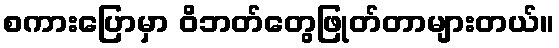
စကားပြောမှာ ဝိဘတ်တွေဖြုတ်တာများတယ်။